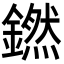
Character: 𬬊